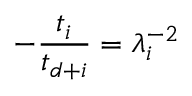
- { \frac { t _ { i } } { t _ { d + i } } } = \lambda _ { i } ^ { - 2 }